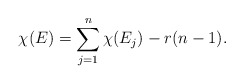
\begin{align*}\chi(E) = \sum\limits_{j=1}^n \chi(E_j) - r(n-1).\end{align*}